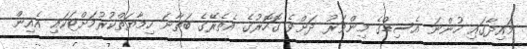
މައިދާގައި ހުންނަ އެސިޑްގެ މިންވަރު ދަށްވެ ގޮހޮރުގެ އެތެރޭގެ ބަތާނަ ހިމާޔަތްކުރުމަށްޓަކައި އެއިން